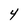
Character: 4